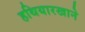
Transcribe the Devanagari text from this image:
हथियारखाने